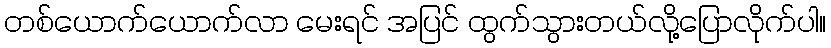
တစ်ယောက်ယောက်လာ မေးရင် အပြင် ထွက်သွားတယ်လို့ပြောလိုက်ပါ။